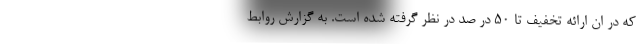
که در ان ارائه تخفیف تا 50 در صد در نظر گرفته شده است. به گزارش روابط